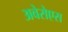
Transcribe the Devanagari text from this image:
अवेरोएस